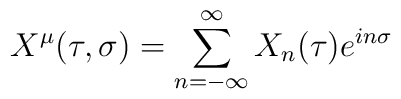
X^{\mu}(\tau, \sigma) = \sum_{n=-\infty}^{\infty} X_{n}(\tau) e^{in\sigma}